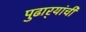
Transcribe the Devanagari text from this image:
पुढार्‍यांची